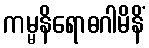
ကမ္မနိရောဓဂါမိနိံ